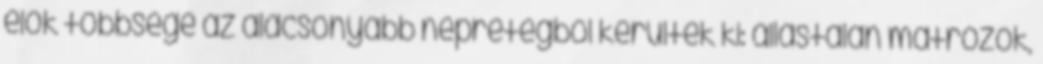
élők többsége az alacsonyabb néprétegből kerültek ki: állástalan matrózok,